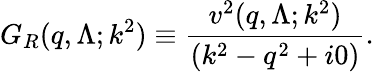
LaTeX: G_{R}(q,\Lambda;k^{2})\equiv\frac{v^{2}(q,\Lambda;k^{2})}{(k^{2}-q^{2}+i0)}.